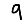
Digit: 9